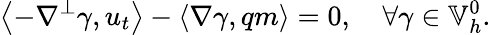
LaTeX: \left\langle-\nabla^{\perp}\gamma,u_{t}\right\rangle-\left\langle\nabla\gamma,qm\right\rangle=0,\quad\forall\gamma\in\mathbb{V}_{h}^{0}.